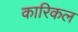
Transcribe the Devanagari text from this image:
कारिकल